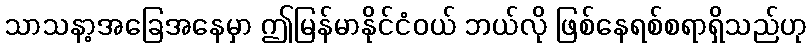
သာသနာ့အခြေအနေမှာ ဤမြန်မာနိုင်ငံဝယ် ဘယ်လို ဖြစ်နေရစ်စရာရှိသည်ဟု